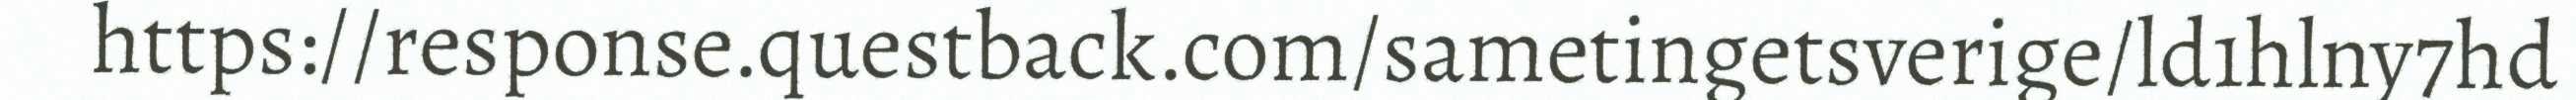
https://response.questback.com/sametingetsverige/ld1hlny7hd